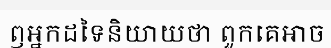
ឭអ្នកដទៃនិយាយថា ពួកគេអាច